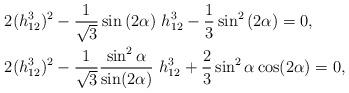
LaTeX: \begin{align*}&2(h_{12}^3)^2-\frac{1}{\sqrt{3}}\sin{(2\alpha)}\ {h_{12}^3}-\frac{1}{3}\sin^2{(2\alpha)}=0,\\&2(h_{12}^3)^2-\frac{1}{\sqrt{3}}\frac{\sin^2{\alpha}}{\sin (2\alpha)}\ {h_{12}^3}+\frac{2}{3}\sin^2{\alpha}\cos( 2\alpha)=0,\end{align*}